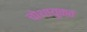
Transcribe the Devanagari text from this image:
चोथायुक्त